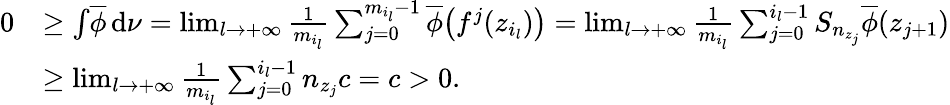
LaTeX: \begin{array}{rl}{0}&{\geq\int\! \overline{\phi}\, \mathrm{d}\nu=\operatorname*{lim}_{l\to+\infty}\frac{1}{m_{i_{l}}}\sum_{j=0}^{m_{i_{l}}-1}\overline{\phi}\bigl(f^{j}(z_{i_{l}})\bigr)=\operatorname*{lim}_{l\to+\infty}\frac{1}{m_{i_{l}}}\sum_{j=0}^{i_{l}-1}S_{n_{z_{j}}}\overline{\phi}(z_{j+1})}\\ &{\geq\operatorname*{lim}_{l\to+\infty}\frac{1}{m_{i_{l}}}\sum_{j=0}^{i_{l}-1}n_{z_{j}}c=c>0.}\end{array}